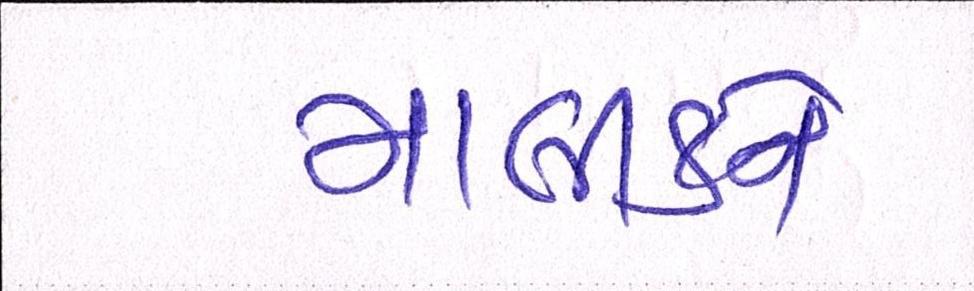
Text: માલીકને